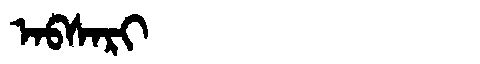
Manchu: ᠠᠪᠰᠠᡵᡳ
Romanization: ABSARI